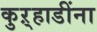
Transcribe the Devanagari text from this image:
कुऱ्हाडींना